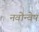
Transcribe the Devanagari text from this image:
नवोन्वेष